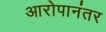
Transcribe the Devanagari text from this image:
आरोपानंतर